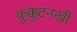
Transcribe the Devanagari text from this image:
कुक्कुटनखी